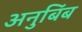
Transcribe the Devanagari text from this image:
अनुबिंब